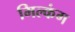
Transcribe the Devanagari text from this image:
मिल्कंग